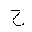
Letter: _gim